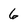
Character: 6